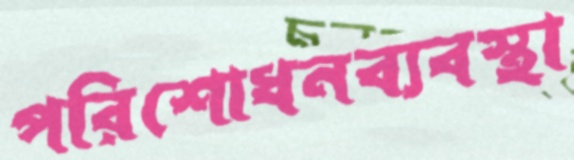
পরিশোধনব্যবস্থা